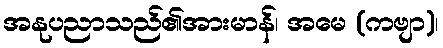
အနုပညာသည်၏အားမာန်၊ အမေ (ကဗျာ)၊